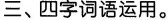
三、四字词语运用。